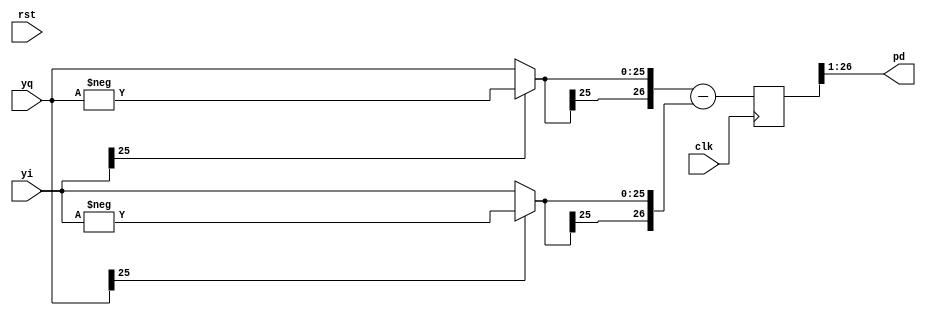
//PhaseDetect.v
module PhaseDetect (
	rst,clk,yi,yq,
	pd); 
	
	input		rst;   //
	input		clk;   //FPGA8MHz
	input	 signed [25:0]	yi;  //8MHz
	input	 signed [25:0]	yq;  //8MHz
	output signed [25:0]	pd;  //
	
	reg signed [25:0] sygnyi,sygnyq;
	reg signed [26:0] pdt;
	always @(*)
		   begin
			   if (!yi[25])
				   sygnyq <= yq;
				else
				   sygnyq <= -yq;
				if (!yq[25])
				   sygnyi <= yi;
				else
					sygnyi <= -yi;
			end
			
	always @(posedge clk)
		pdt <= {sygnyq[25],sygnyq} - {sygnyi[25],sygnyi};	
		
	assign pd = pdt[26:1];

endmodule